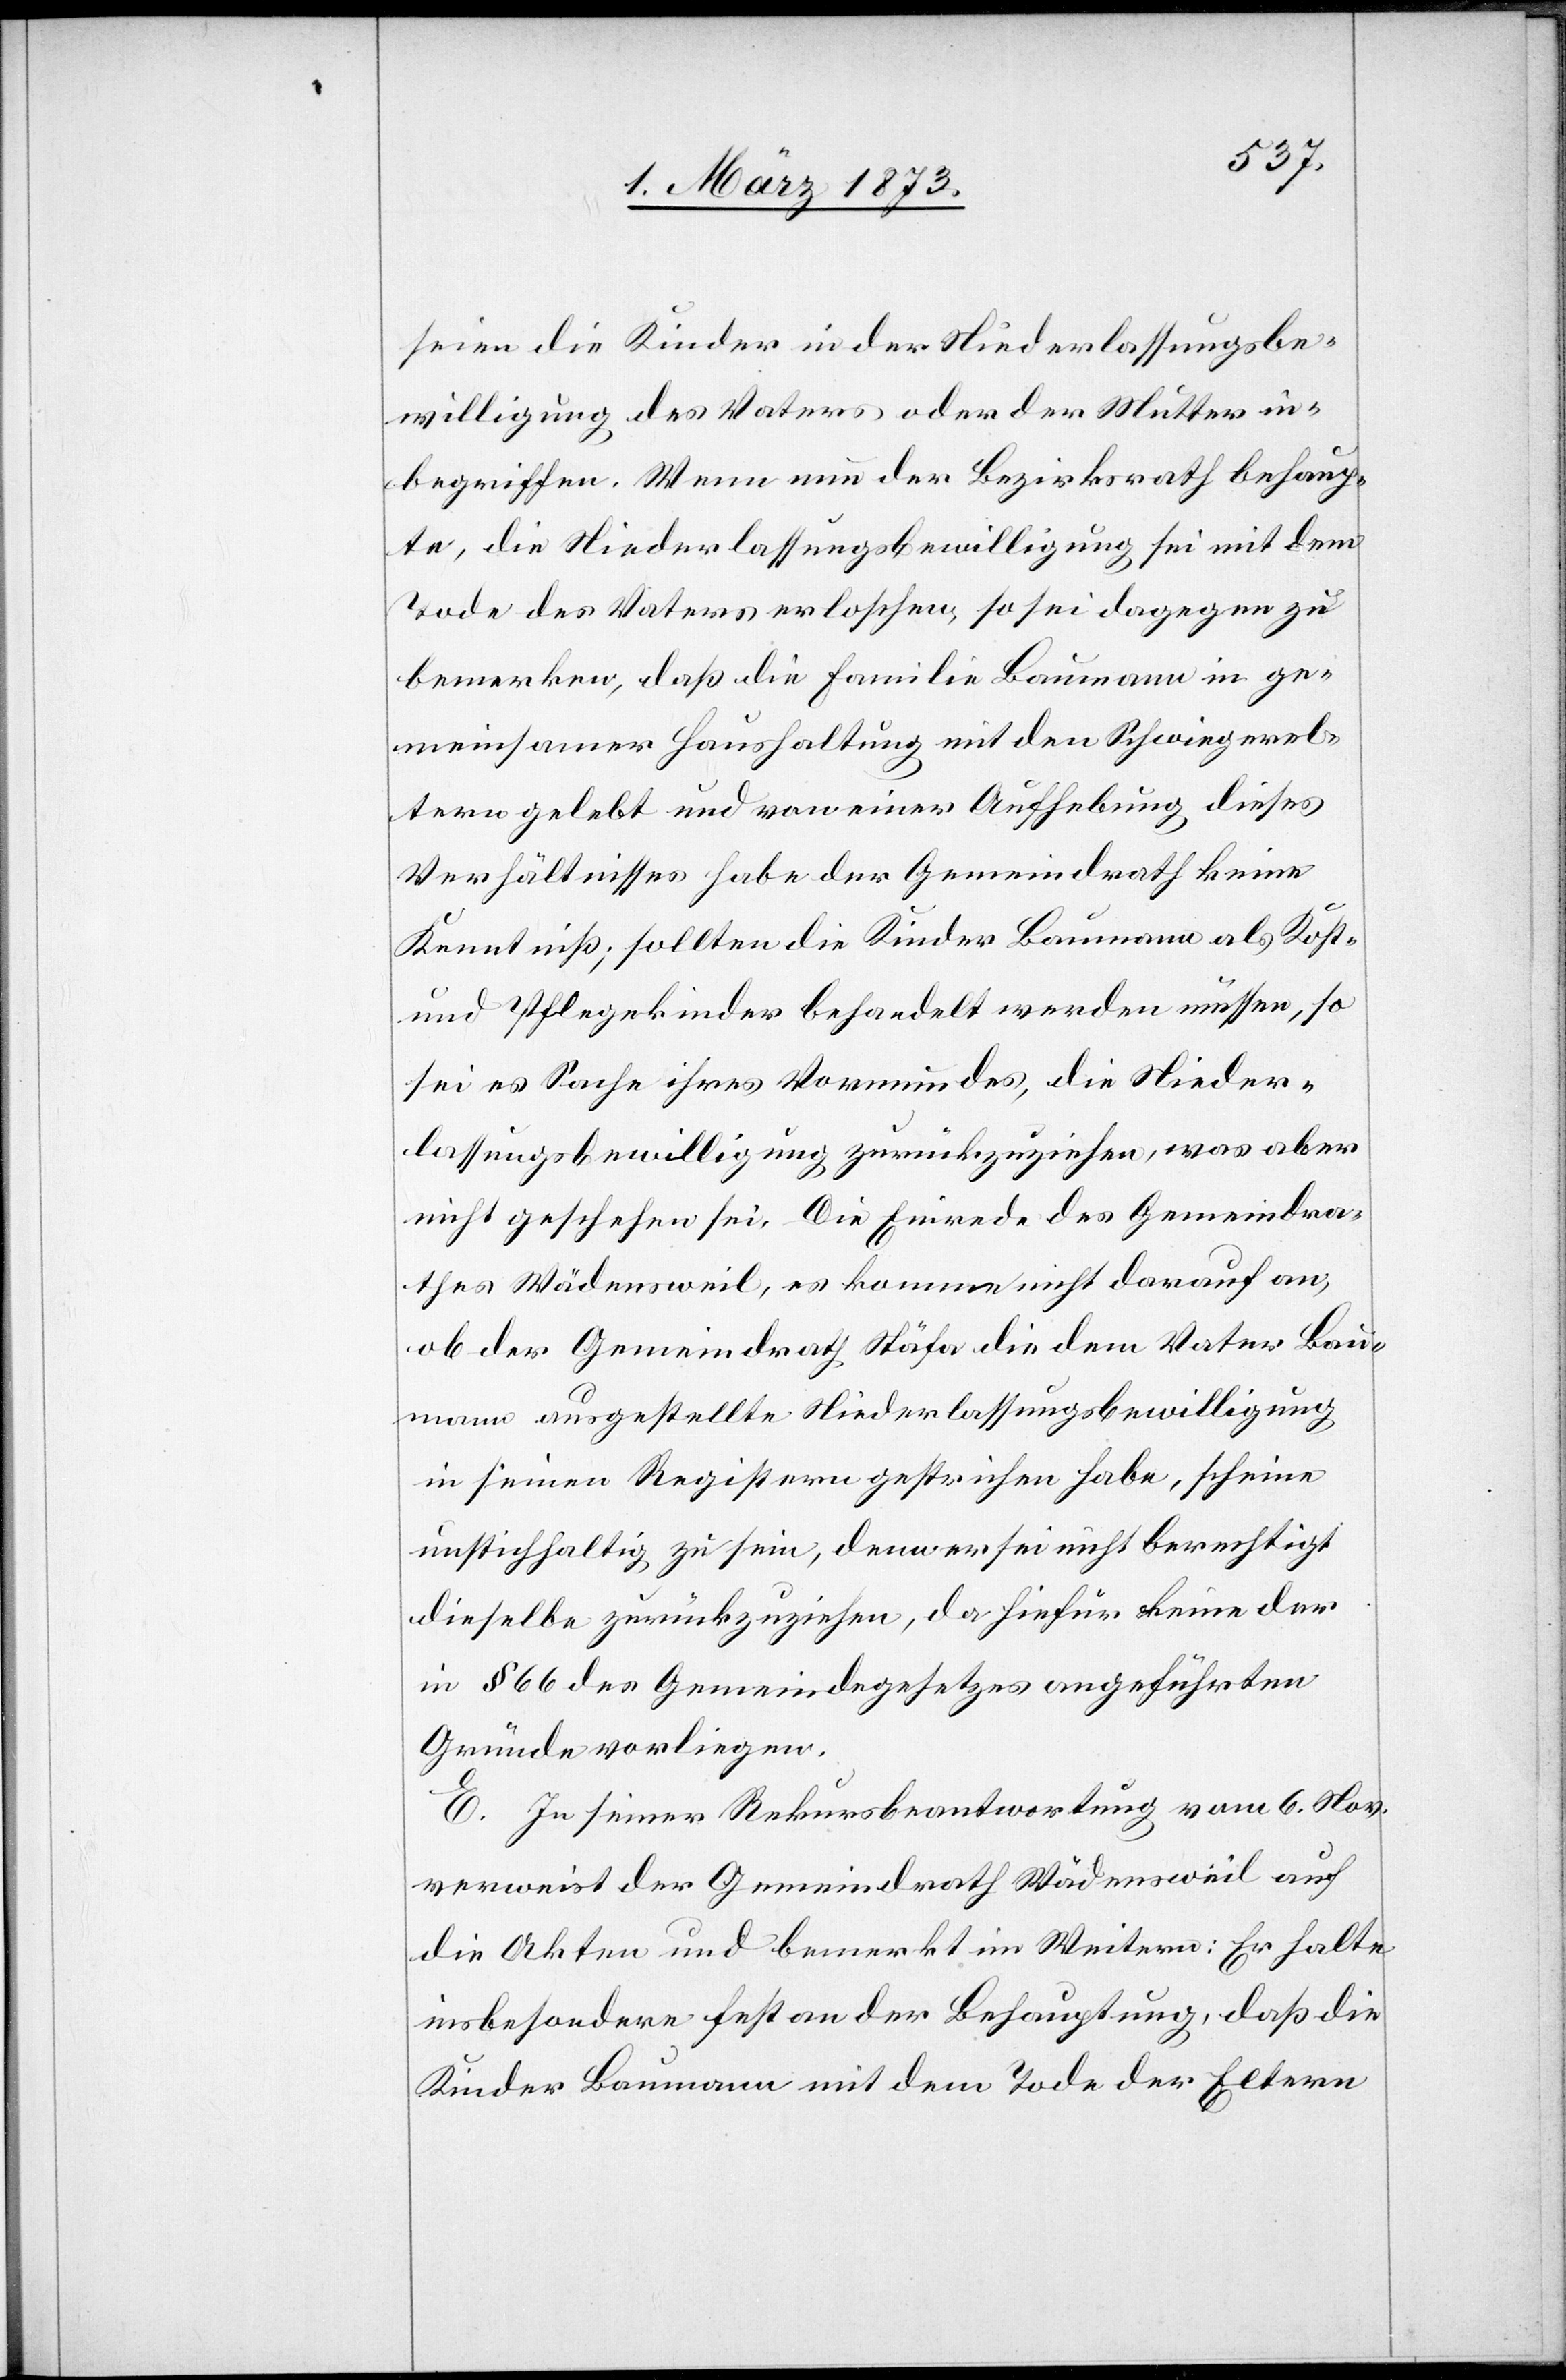
seien die Kinder in der Niederlassungsbe¬
willigung des Vaters oder der Mutter in¬
begriffen. Wenn nun der Bezirksrath behaup¬
te, die Niederlassungsbewilligung sei mit dem
Tode des Vaters erloschen, so sei dagegen zu
bemerken, daß die Familie Baumann in ge¬
meinsamer Haushaltung mit den Schwiegerel¬
tern gelebt und von einer Aufhebung dieses
Verhältnisses habe der Gemeindrath keine
Kenntniß; sollten die Kinder Baumann als Kost-
und Pflegekinder behandelt werden müssen, so
sei es Sache ihres Vormundes, die Nieder¬
lassungsbewilligung zurückzuziehen, was aber
nicht geschehen sei. Die Einrede des Gemeindra¬
thes Wädensweil, es komme nicht darauf an,
ob der Gemeindrath Stäfa die dem Vater Bau¬
mann ausgestellte Niederlassungsbewilligung
in seinen Registern gestrichen habe, scheine
unstichhaltig zu sein, denn er sei nicht berechtigt
dieselbe zurückzuziehen, da hiefür keine der
in § 66 des Gemeindegesetzes angeführten
Gründe vorliegen.
E. In seiner Rekursbeantwortung vom 6. Nov.
verweist der Gemeindrath Wädensweil auf
die Akten und bemerkt im Weitern: Er halte
insbesondere fest an der Behauptung, daß die
Kinder Baumann mit dem Tode der Eltern